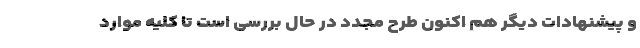
و پیشنهادات دیگر هم اکنون طرح مجدد در حال بررسی است تا کلیه موارد